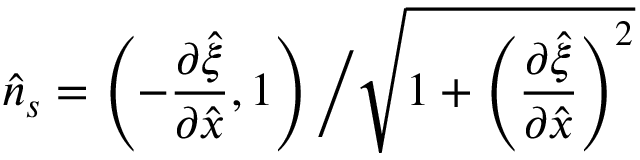
\hat { n } _ { s } = \left( - \frac { \partial \hat { \xi } } { \partial \hat { x } } , 1 \right) \bigg / \sqrt { 1 + \left( \frac { \partial \hat { \xi } } { \partial \hat { x } } \right) ^ { 2 } }